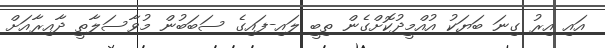
އައި އިރު ގިނަ ބަޔަކު އުއްމީދުކޮށްގެން ތިބީ ލައި-ފައިގެ ސަބަބުން މުވާސަލާތީ ދާއިރާއަށް